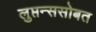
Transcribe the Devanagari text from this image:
लुप्तन्ससोबत